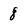
Character: 8